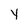
Character: Y